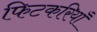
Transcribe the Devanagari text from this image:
फिटकरियाँ